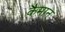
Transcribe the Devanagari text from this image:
कैमान